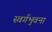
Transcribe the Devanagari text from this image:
स्वर्गभुवना